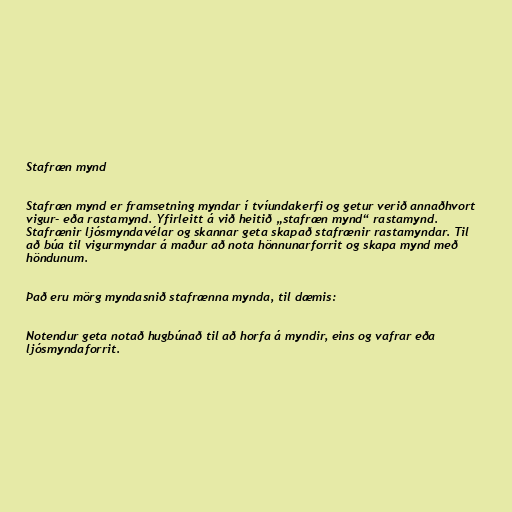
Stafræn mynd

Stafræn mynd er framsetning myndar í tvíundakerfi og getur verið annaðhvort
vigur- eða rastamynd. Yfirleitt á við heitið „stafræn mynd“ rastamynd.
Stafrænir ljósmyndavélar og skannar geta skapað stafrænir rastamyndar. Til
að búa til vigurmyndar á maður að nota hönnunarforrit og skapa mynd með
höndunum.

Það eru mörg myndasnið stafrænna mynda, til dæmis:

Notendur geta notað hugbúnað til að horfa á myndir, eins og vafrar eða
ljósmyndaforrit.